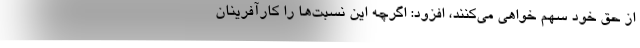
از حق خود سهم خواهي مي‌كنند، افزود: اگرچه این نسبت‌ها را کارآفرینان